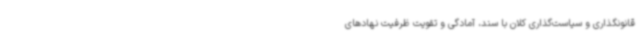
قانونگذاری و سیاست‌گذاری کلان با سند، آمادگی و تقویت ظرفیت نهادهای